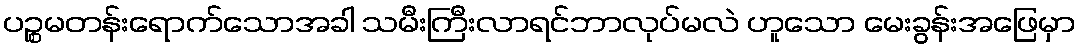
ပဉ္စမတန်းရောက်သောအခါ သမီးကြီးလာရင်ဘာလုပ်မလဲ ဟူသော မေးခွန်းအဖြေမှာ